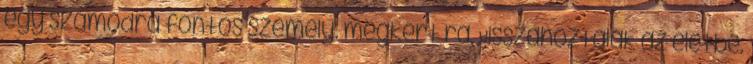
egy számodra fontos személy. megkért rá. Visszahoztalak az életbe.